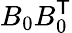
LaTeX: B_{0}B_{0}^{\scriptstyle{\mathsf{T}}}